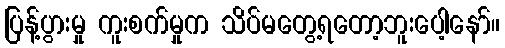
ပြန့်ပွားမှု ကူးစက်မှုက သိပ်မတွေ့ရတော့ဘူးပေါ့နော်။